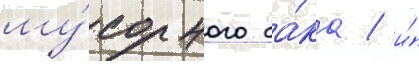
му́сорного ба́ка / и́